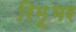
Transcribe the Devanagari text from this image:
रिमूभर